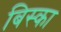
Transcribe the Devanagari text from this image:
बिस्का